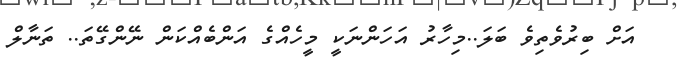
އަށް ބިރުވެތިވެ ބަލަ..މިހާރު އަހަންނަކީ މީހެއްގެ އަންބެއްކަން ނޭންްގޭތަ.. ތަނާލް